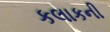
કલાકની